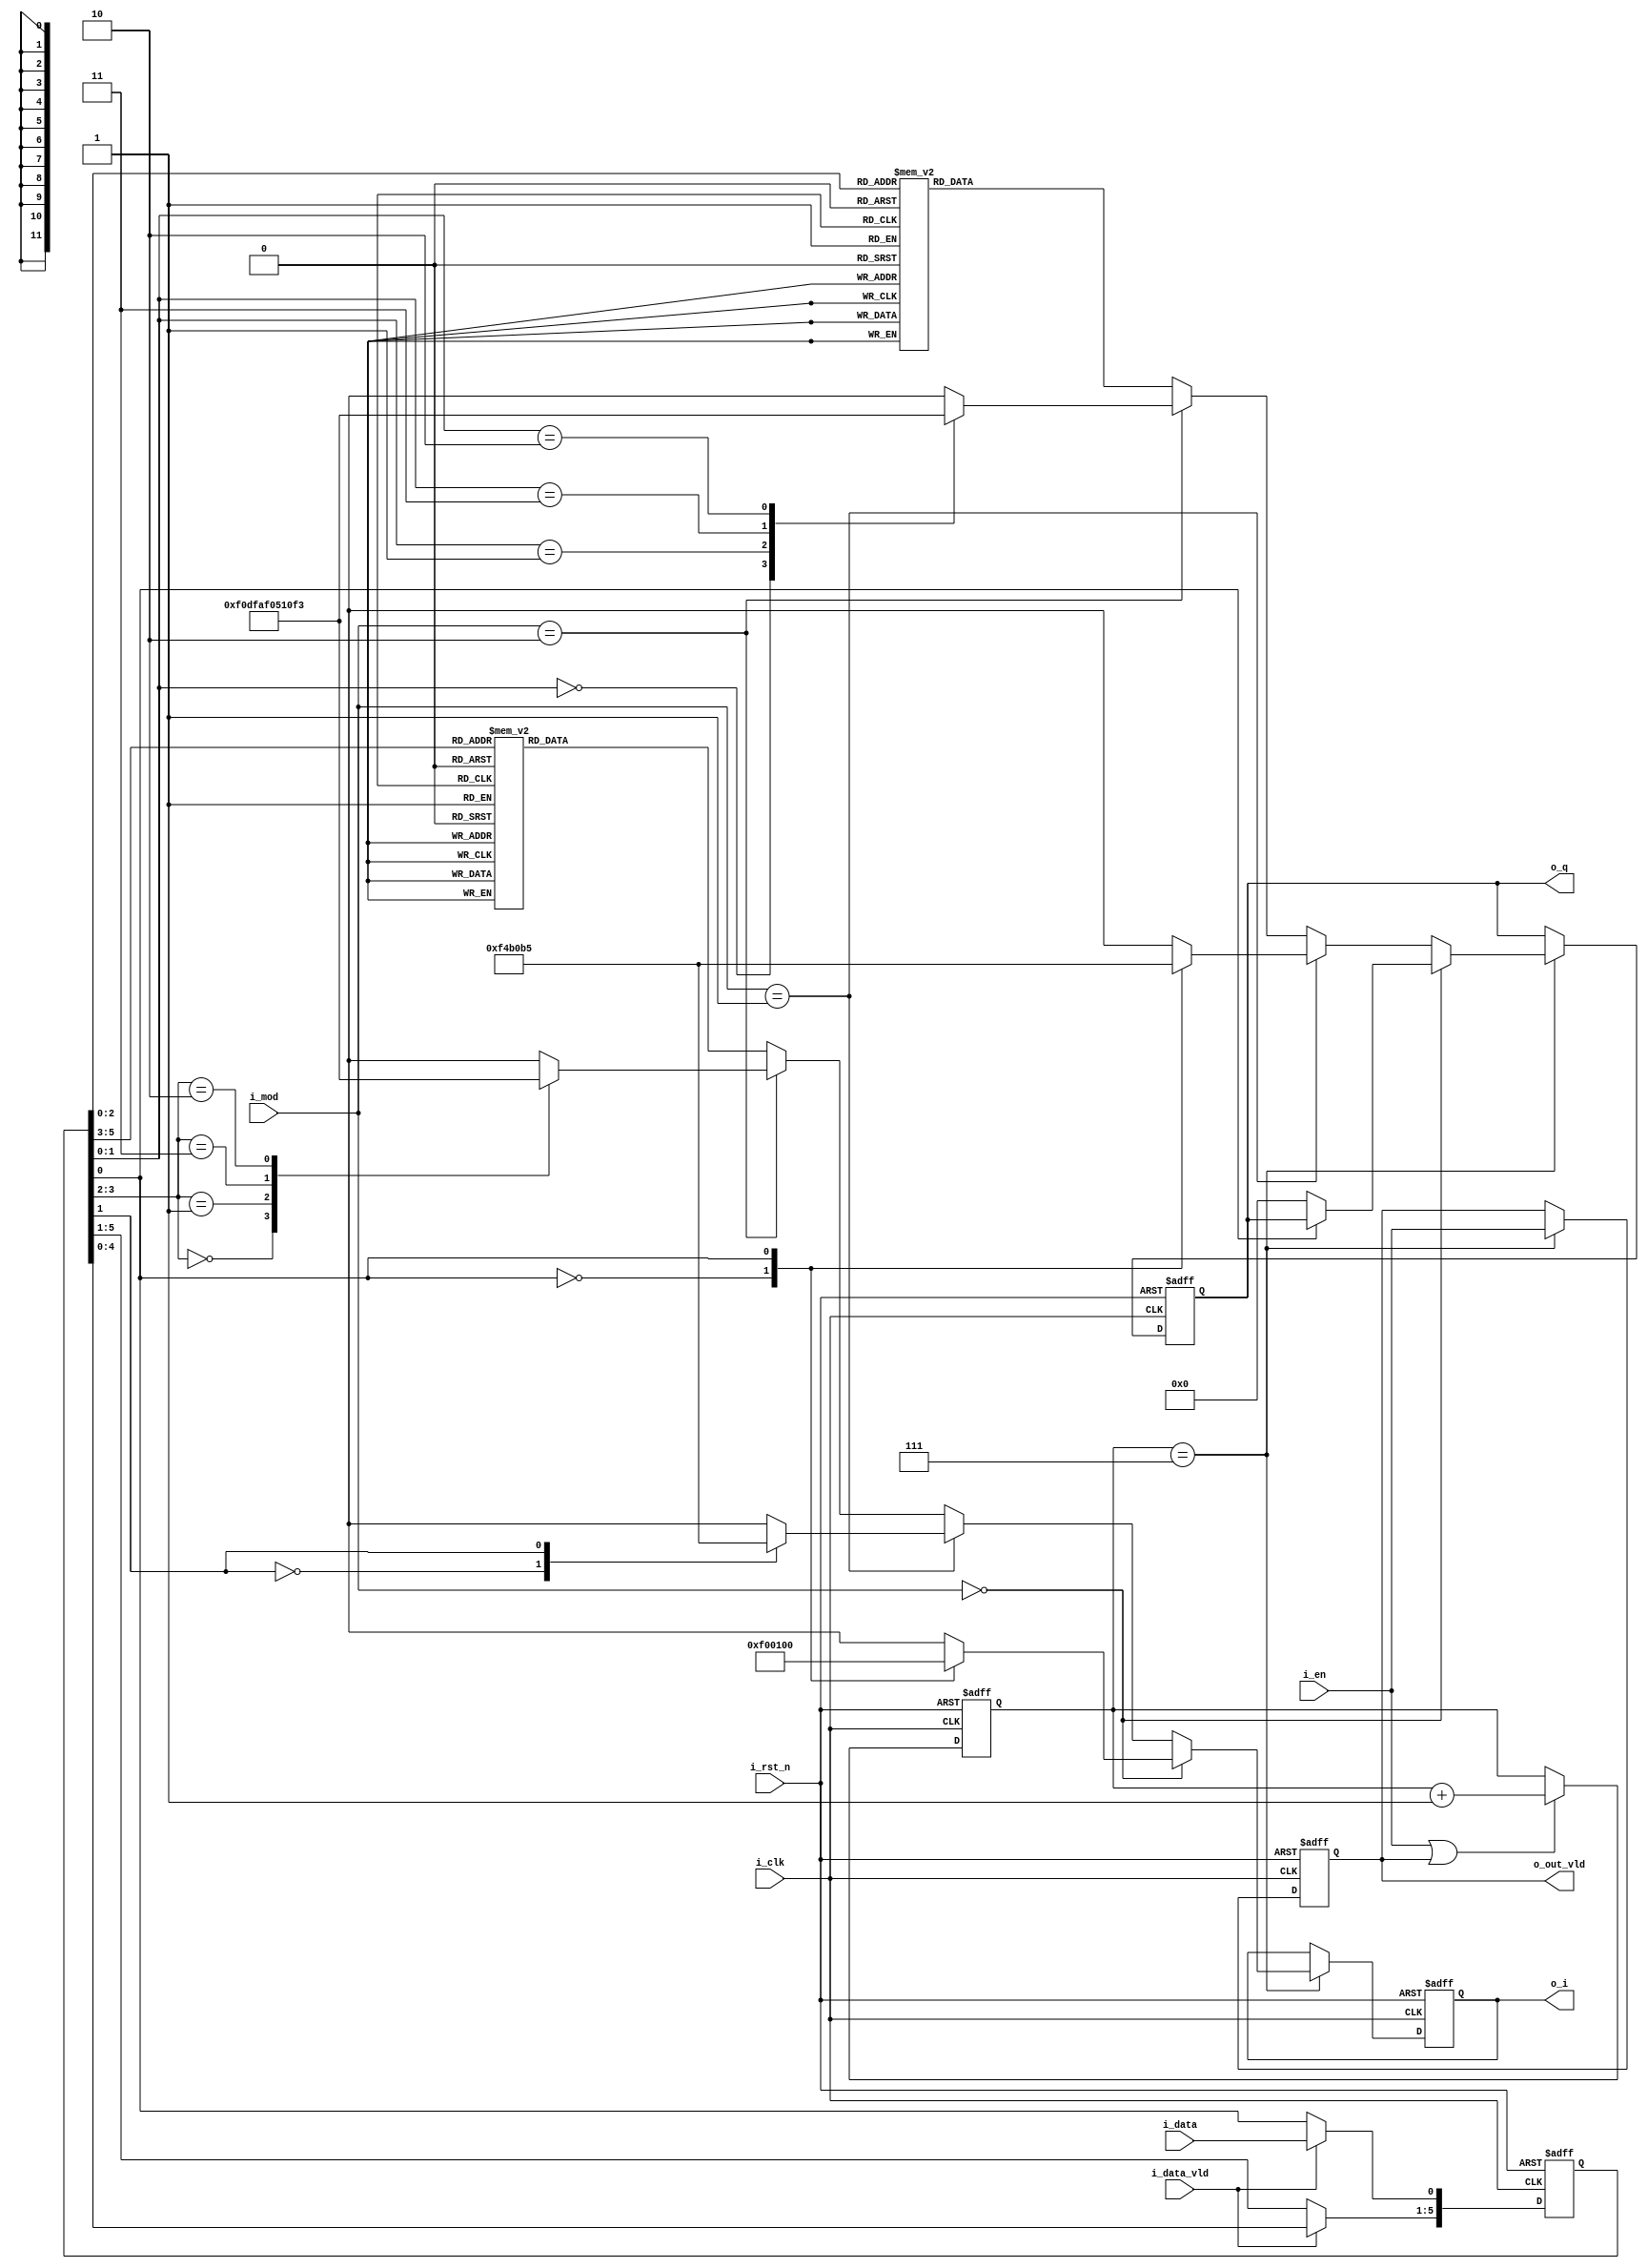
module digital_modulator (
    input   wire            i_rst_n,
    input   wire            i_clk,
    input   wire            i_en,
    input   wire            i_data_vld,
    input   wire            i_data,
    input   wire    [1:0]   i_mod,
    output  wire            o_out_vld, //    
    output  reg     [11:0]  o_i,
    output  reg     [11:0]  o_q
);

// i_en high  0~7  
// o_out_vldrk high   
reg     [2:0]   r_cnt;
always @(posedge i_clk or negedge i_rst_n) begin
    if (~i_rst_n)
        r_cnt <= 0;
    else begin
        if (i_en | o_out_vld)
            r_cnt <= r_cnt + 1; 
    end
end

// i_data_vld High i_data  
reg     [5:0]   r_shift_reg; // why 6bit? -> 64QAM(6)
always @(posedge i_clk or negedge i_rst_n) begin
    if (~i_rst_n)
        r_shift_reg <= 0;
    else begin
        if (i_data_vld) begin
            r_shift_reg[5:1] <= r_shift_reg[4:0];
            r_shift_reg[0] <= i_data;
        end
    end
end

//  7 r_shift_reg   .
//   o_i .
always @(posedge i_clk or negedge i_rst_n) begin
    if (~i_rst_n) begin
        o_i <= 0;
    end
    else begin
        if (r_cnt == 7) begin
            if (i_mod == 0) begin // BPSK
                case (r_shift_reg[0])
                   1'b0 : o_i <= -256;
                   1'b1 : o_i <= 256;
                endcase
            end
            else if (i_mod == 1) begin // QPSK
                case (r_shift_reg[1])
                   1'b0 : o_i <= -181;
                   1'b1 : o_i <= 181;
                endcase
            end
            else if (i_mod == 2) begin // 16QAM
                case (r_shift_reg[3:2])
                   2'b00 : o_i <= -243;
                   2'b01 : o_i <= -81;
                   2'b11 : o_i <= 81;
                   2'b10 : o_i <= 243;
                endcase
            end
            else begin // 64QAM
                case (r_shift_reg[5:3])
                   3'b000 : o_i <= -277;
                   3'b001 : o_i <= -197;
                   3'b011 : o_i <= -119;
                   3'b010 : o_i <= -40;
                   3'b110 : o_i <= 40;
                   3'b111 : o_i <= 119;
                   3'b101 : o_i <= 197;
                   3'b100 : o_i <= 277;
                endcase
            end
        end
    end
end

always @(posedge i_clk or negedge i_rst_n) begin
    if (~i_rst_n) begin
        o_q <= 0;
    end
    else begin
        if (r_cnt == 7) begin
            if (i_mod == 0) begin // BPSK
                case (r_shift_reg[0])
                   0 : o_q <= 0;
                endcase
            end
            else if (i_mod == 1) begin // QPSK
                case (r_shift_reg[0])
                   1'b0 : o_q <= -181;
                   1'b1 : o_q <= 181;
                endcase
            end
            else if (i_mod == 2) begin // 16QAM
                case (r_shift_reg[1:0])
                   2'b00 : o_q <= -243;
                   2'b01 : o_q <= -81;
                   2'b11 : o_q <= 81;
                   2'b10 : o_q <= 243;
                endcase
            end
            else begin // 64QAM
                case (r_shift_reg[2:0])
                   3'b000 : o_q <= -277;
                   3'b001 : o_q <= -197;
                   3'b011 : o_q <= -119;
                   3'b010 : o_q <= -40;
                   3'b110 : o_q <= 40;
                   3'b111 : o_q <= 119;
                   3'b101 : o_q <= 197;
                   3'b100 : o_q <= 277;
                endcase
            end
        end
    end
end


// o_out_vld i_en 8 cycle  
reg     r_out_vld;
always @(posedge i_clk or negedge i_rst_n) begin
    if (~i_rst_n)
        r_out_vld <= 0;
    else begin
        if (r_cnt == 7)
            r_out_vld <= i_en;
    end
end
assign o_out_vld = r_out_vld;

endmodule